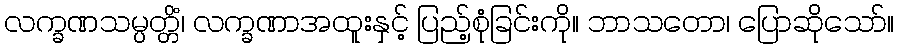
လက္ခဏသမ္ပတ္တိံ၊ လက္ခဏာအထူးနှင့် ပြည့်စုံခြင်းကို။ ဘာသတော၊ ပြောဆိုသော်။